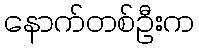
နောက်တစ်ဦးက